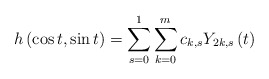
\begin{align*}h \left( \cos t,\sin t\right)=\sum_{s=0}^{1}\sum_{k=0}^{m}c_{k,s}Y_{2k,s}\left( t\right) \end{align*}